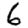
Digit: 6